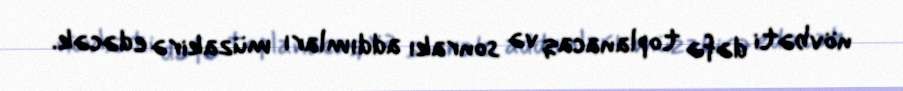
növbəti dəfə toplanacaq və sonrakı addımları müzakirə edəcək.